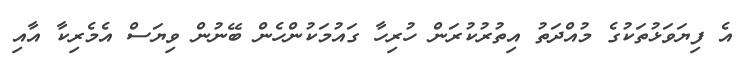
އެ ފިޔަވަޅުތަކުގެ މުއްދަތު އިތުރުކުރަން ހުރިހާ ގައުމަކުންހެން ބޭނުން ވިޔަސް އެމެރިކާ އާއި